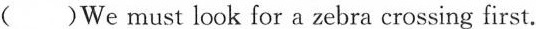
( )We must look for a zebra crossing first.